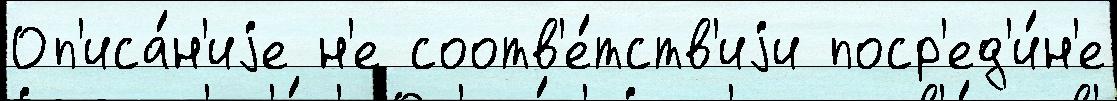
Оп'иса́н'иjе н'е соотв'е́тств'иjи поср'ед'и́н'е